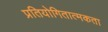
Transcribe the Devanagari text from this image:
प्रतियोगितात्मकता